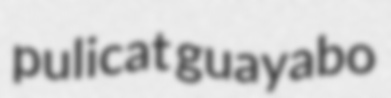
pulicat guayabo